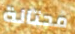
محتالة